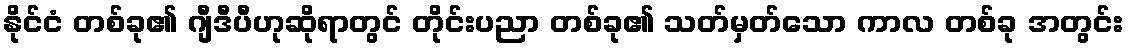
နိုင်ငံ တစ်ခု၏ ဂျီဒီပီဟုဆိုရာတွင် တိုင်းပညာ တစ်ခု၏ သတ်မှတ်သော ကာလ တစ်ခု အတွင်း